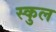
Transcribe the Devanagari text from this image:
स्‍कुल